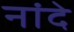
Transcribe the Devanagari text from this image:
नांदे